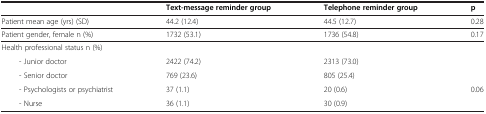
<table><thead><tr><td><b> </b></td><td><b>Text-message reminder group</b></td><td><b>Telephone reminder group</b></td><td><b>p</b></td></tr></thead><tbody><tr><td>Patient mean age (yrs) (SD)</td><td>44.2 (12.4)</td><td>44.5 (12.7)</td><td>0.28</td></tr><tr><td>Patient gender, female n (%)</td><td>1732 (53.1)</td><td>1736 (54.8)</td><td>0.17</td></tr><tr><td>Health professional status n (%)</td><td> </td><td> </td><td> </td></tr><tr><td>- Junior doctor</td><td>2422 (74.2)</td><td>2313 (73.0)</td><td rowspan="3">0.06</td></tr><tr><td>- Senior doctor</td><td>769 (23.6)</td><td>805 (25.4)</td></tr><tr><td>- Psychologists or psychiatrist</td><td>37 (1.1)</td><td>20 (0.6)</td></tr><tr><td>- Nurse</td><td>36 (1.1)</td><td>30 (0.9)</td><td> </td></tr></tbody></table>